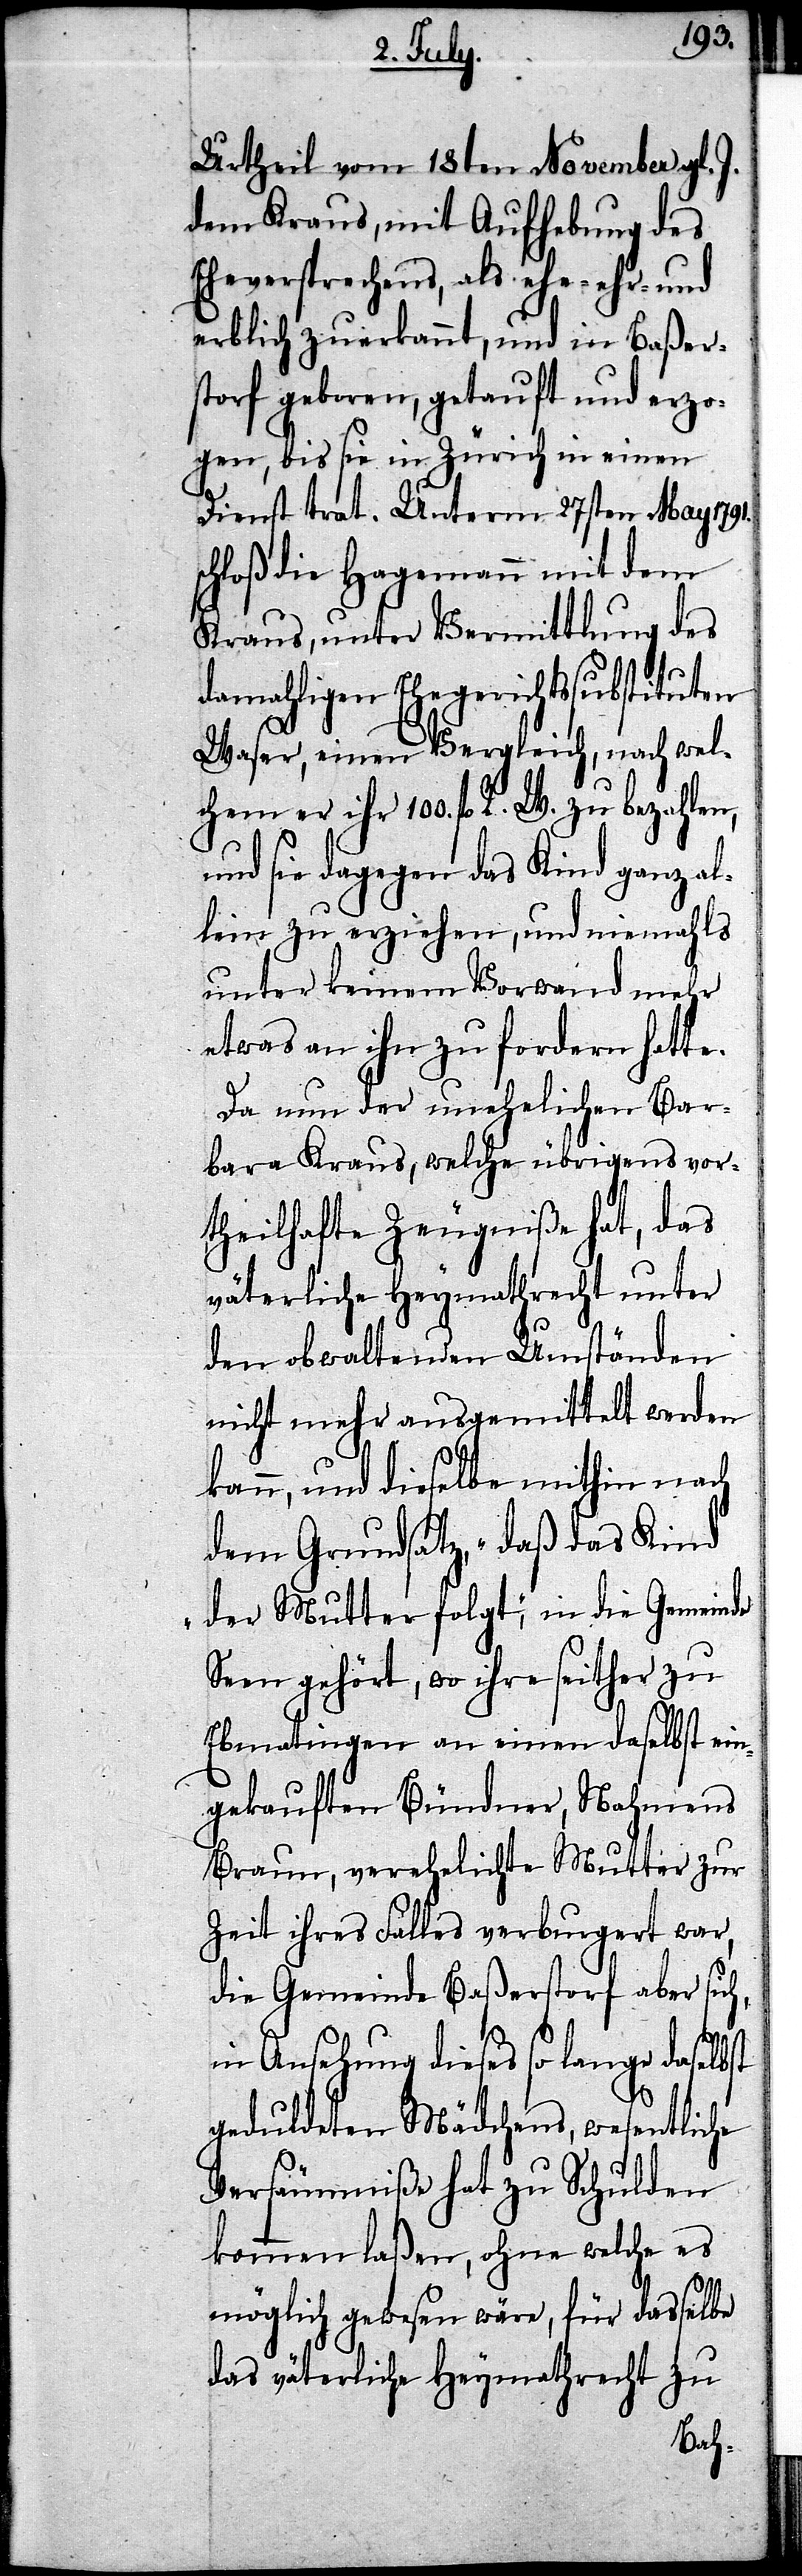
Urtheil vom 18ten November gl. J.
dem Kraus, mit Aufhebung des
Eheversprechens, als ehe- ehr- und
erblich zuerkannt, und in Baßer¬
storf geboren, getauft und erzo¬
gen, bis sie in Zürich in einen
Dienst trat. Unterm 27sten May 1791.
loß die Hauptmann mit dem
Kraus, unter Vermittlung des
damahligen Ehegerichtssubstituten
Waser, einen Vergleich, nach wel¬
chem er ihr 100fl. R. W. zu bezahlen,
und sie dagegen das Kind ganz al¬
lein zu erziehen, und niemahls
unter keinem Vorwand mehr
etwas an ihn zu fordern hatte.
Da nun der unehelichen Bar¬
bara Kraus, welche übrigens vor¬
theilhafte Zeugniße hat, das
väterliche Heymathrecht unter
den obwaltenden Umständen
nicht mehr ausgemittelt werden
kann, und dieselbe mithin nach
dem Grundsatz, „daß das Kind
der Mutter folgt“, in die Gemeinde
Seen gehört, wo ihre seither zu
Ebmatingen an einen daselbst ein¬
gekauften Bündner, Nahmens
Braun, verehelichte Mutter zur
Zeit ihres Falles verburgert war,
die Gemeinde Baßerstorf aber sich,
in Ansehnung dieses so lange daselbst
geduldeten Mädchens, wesentliche
Versäumniße hat zu Schulen
kommen laßen, ohne welche es
möglich gewesen wäre, für dasselbe
das väterliche Heymathrecht zu
sch¬